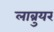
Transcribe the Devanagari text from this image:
लाब्रुयर